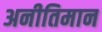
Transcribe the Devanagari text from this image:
अनीतिमान